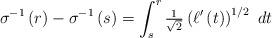
LaTeX: \begin{align*}\sigma ^{-1}\left( r\right) -\sigma ^{-1}\left( s\right) =\int_{s}^{r}\tfrac{1}{\sqrt{2}}\left( \ell ^{\prime }\left( t\right) \right) ^{1/2}~dt\end{align*}